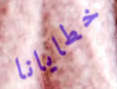
خطايانا